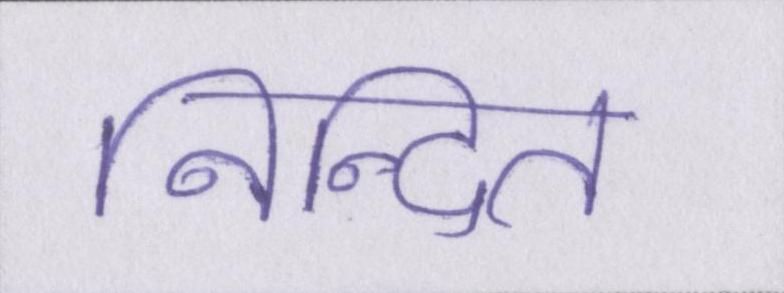
निन्दित